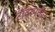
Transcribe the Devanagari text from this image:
टॉवरमधील